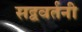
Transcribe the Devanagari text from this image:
सद्ववर्तनी